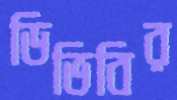
ডিভিবির